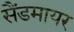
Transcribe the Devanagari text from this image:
सैंडमायर